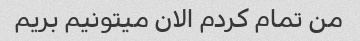
من تمام کردم الان میتونیم بریم